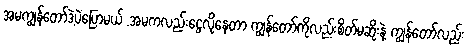
အမကျွန်တော်ဒဲ့ပဲပြောမယ် .အမကလည်းငွေလိုနေတာ ကျွန်တော်ကိုလည်းစိတ်မဆိုးနဲ့ ကျွန်တော်လည်း